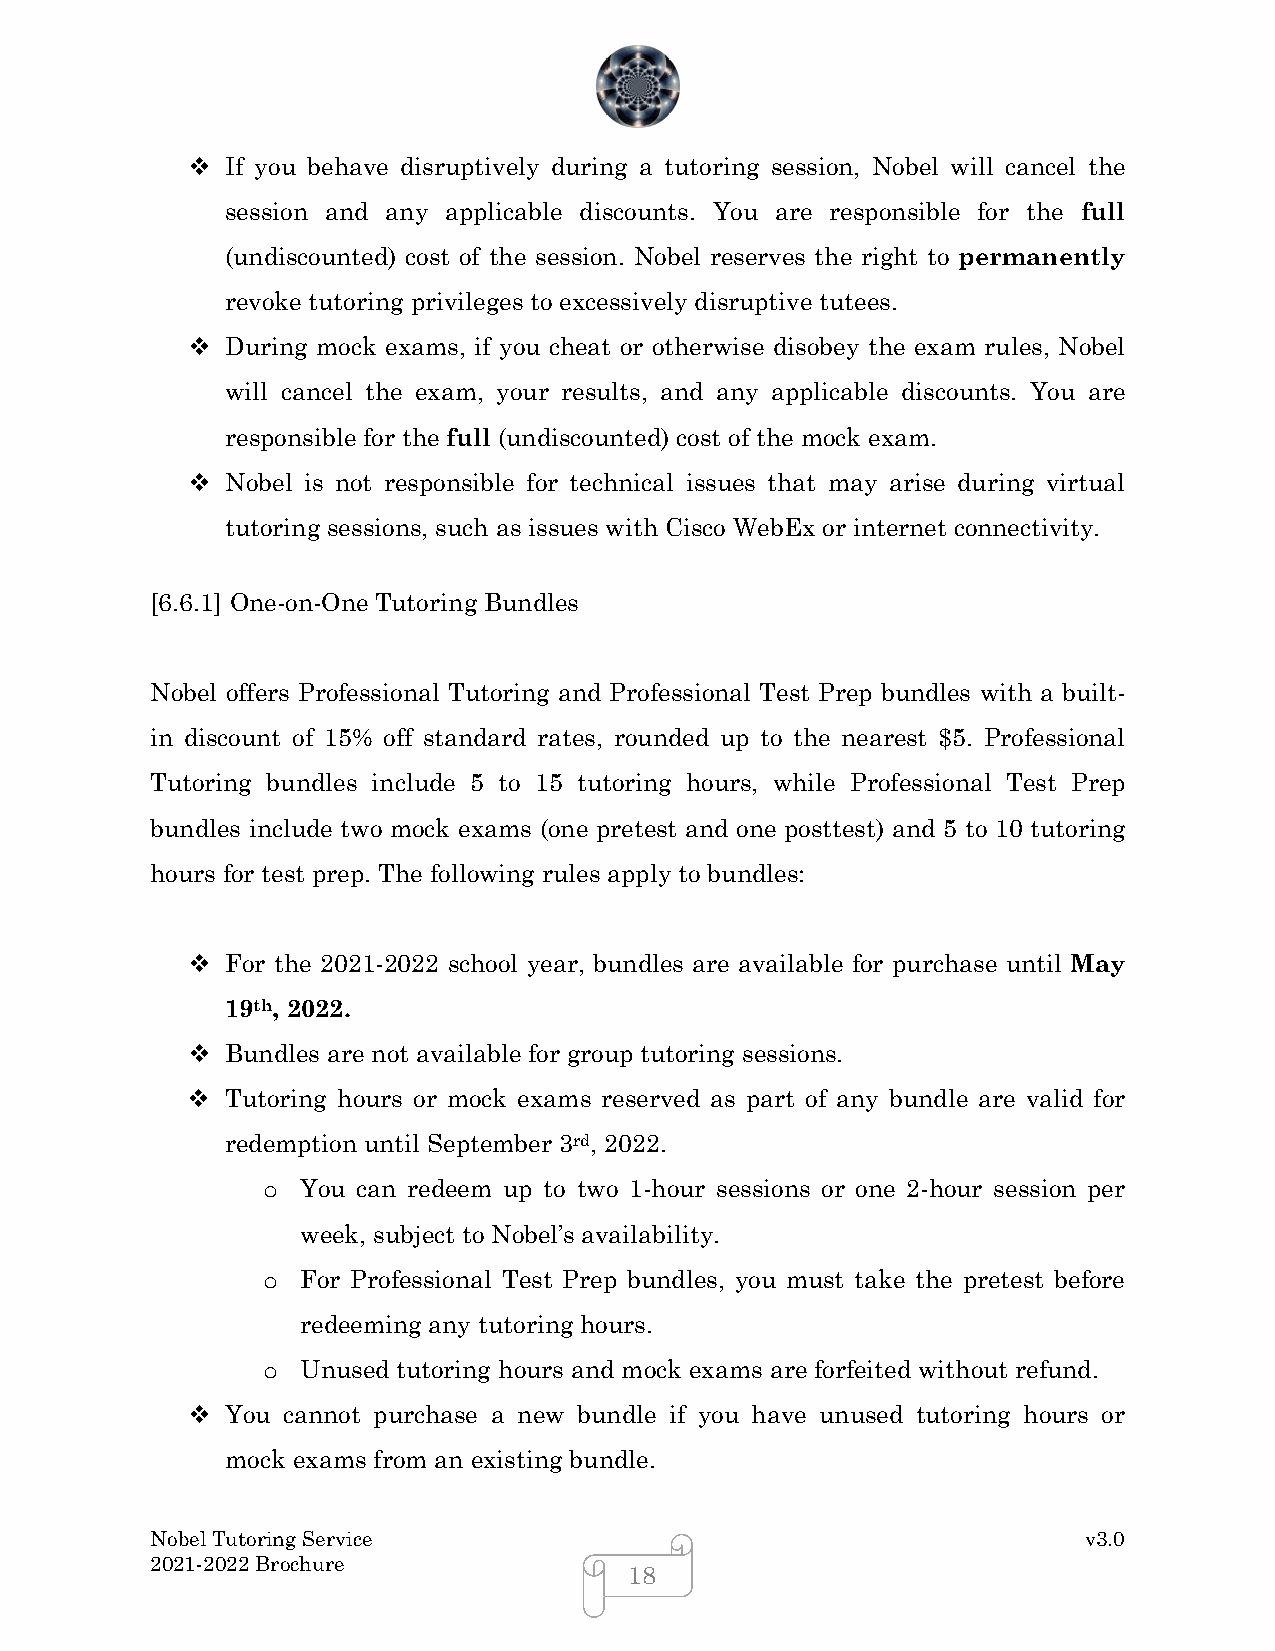
  If you behave disruptively during a tutoring session, Nobel will cancel the
 session and any applicable discounts. You are responsible for the full
 (undiscounted) cost of the session. Nobel reserves the right to permanently
 revoke tutoring privileges to excessively disruptive tutees.
   During mock exams, if you cheat or otherwise disobey the exam rules, Nobel
 will cancel the exam, your results, and any applicable discounts. You are
 responsible for the full (undiscounted) cost of the mock exam.
   Nobel is not responsible for technical issues that may arise during virtual
 tutoring sessions, such as issues with Cisco WebEx or internet connectivity.
 [6.6.1] One-on-One Tutoring Bundles
 Nobel offers Professional Tutoring and Professional Test Prep bundles with a built-
 in discount of 15% off standard rates, rounded up to the nearest $5. Professional
 Tutoring bundles include 5 to 15 tutoring hours, while Professional Test Prep
 bundles include two mock exams (one pretest and one posttest) and 5 to 10 tutoring
 hours for test prep. The following rules apply to bundles:
   For the 2021-2022 school year, bundles are available for purchase until May
 19th, 2022.
   Bundles are not available for group tutoring sessions.
   Tutoring hours or mock exams reserved as part of any bundle are valid for
 redemption until September 3rd, 2022.
 You can redeem up to two 1-hour sessions or one 2-hour session per
 o
 week, subject to Nobel’s availability.
 For Professional Test Prep bundles, you must take the pretest before
 o
 redeeming any tutoring hours.
 Unused tutoring hours and mock exams are forfeited without refund.
 o
   You cannot purchase a new bundle if you have unused tutoring hours or
 mock exams from an existing bundle.
 Nobel Tutoring Service                                        v3.0
 2021-2022 Brochure
 18